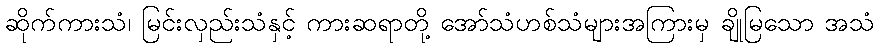
ဆိုက်ကားသံ၊ မြင်းလှည်းသံနှင့် ကားဆရာတို့ အော်သံဟစ်သံများအကြားမှ ချိုမြသော အသံ